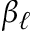
\beta _ { \ell }